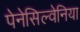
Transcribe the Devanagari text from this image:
पेनेसिल्वेनिया